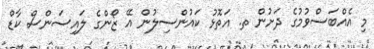
މި އެއްބަސްވުމުގެ ދަށުން ތ. އަތޮޅު ކައުންސިލުން އޭ ޒޯންގެ ލައިސަންސް ކާޑް